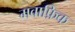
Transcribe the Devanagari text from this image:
मवाफ़िक